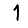
Digit: 1